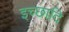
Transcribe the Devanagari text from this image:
इच्छादि